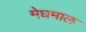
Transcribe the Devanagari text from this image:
मेघमाल